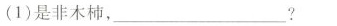
(1)是非木柿，___?